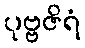
ပုဗ္ဗဇိရံ